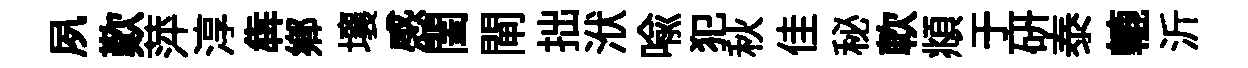
夙歎萍淳犇鄕壤感閨閘拙洑喩犯秋佳秘軟頫于研泰轆沂